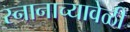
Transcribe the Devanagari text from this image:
स्नानाच्यावेळी